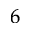
^ 6